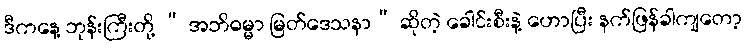
ဒီကနေ့ ဘုန်းကြီးတို့ “ အဘိဓမ္မာ မြတ်ဒေသနာ” ဆိုတဲ့ ခေါင်းစီးနဲ့ ဟောပြီး နက်ဖြန်ခါကျတော့